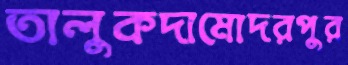
তালুকদামোদরপুর